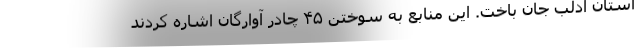
استان ادلب جان باخت. این منابع به سوختن ۴۵ چادر آوارگان اشاره کردند